Investigations on Bengal jail dietaries - Number 37
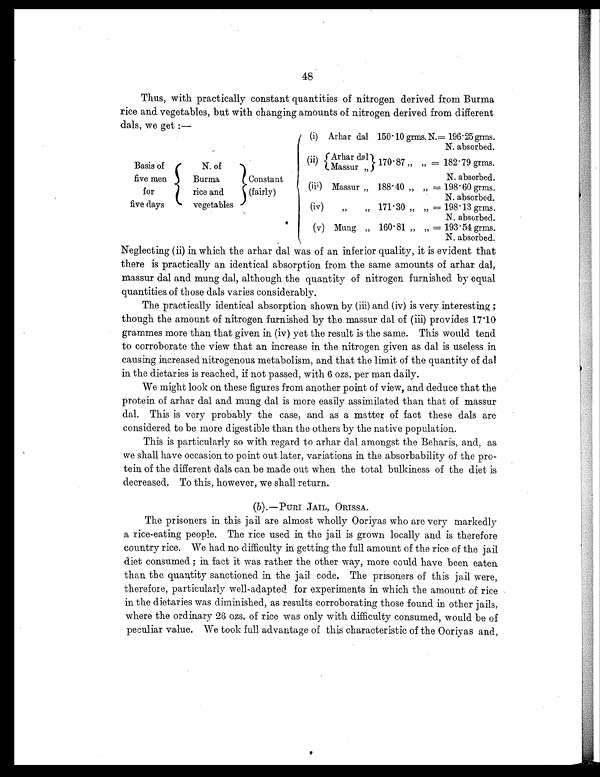
48
Thus, with practically constant quantities of nitrogen derived from Burma
rice and vegetables, but with changing amounts of nitrogen derived from different
dais. we get :—
(i) Arhar dal 150.10 grms. N.=
196.25 grms.
N. absorbed.
Basis of
five men
for
five days
N. of
Burma
rice and
vegetables
Constant
(fairly)
( i i ) Arhar dol 170.87 „ „ =182.79 grms.
Massur „
N. absorbed.
(iii) Massur „ 188. 40 „ „ = 198.60 grms.
N. absorbed.
(iv)
„
„ 171.30 „ „ = 198.13 grms.
N. absorbed.
(v) Mung „ 160 . 81 „ „ = 193 . 54 grms.
N. absorbed.
Neglecting (ii) in which the arhar dal was of an inferior quality, it is evident that
there is practically an identical absorption from the same amounts of arhar dal,
massur dal and mung dal, although the quantity of nitrogen furnished by equal
quantities of those dals varies considerably.
The practically identical absorption shown by (iii) and (iv) is very interesting ;
though the amount of nitrogen furnished by the massur dal of (iii) provides 17.10
grammes more than that given in (iv) yet the result is the same. This would tend
to corroborate the view that an increase in the nitrogen given as dal is useless in
causing increased nitrogenous metabolism, and that the limit of the quantity of dal
in the dietaries is reached, if not passed, with 6 ozs. per man daily.
We might look on these figures from another point of view, and deduce that the
protein of arhar dal and mung dal is more easily assimilated than that of massur
dal. This is very probably the case, and as a matter of fact these dais are
considered to be more digestible than the others by the native population.
This is particularly so with regard to arhar dal amongst the Beharis, and, as
we shall have occasion to point out later, variations in the absorbability of the pro-
tein of the different dais can be made out when the total bulkiness of the diet is
decreased. To this, however, we shall return.
(b).— PURI JAIL, ORISSA.
The prisoners in this jail are almost wholly Ooriyas who are very markedly
a rice-eating people. The rice used in the jail is grown locally and is therefore
country rice. We had no difficulty in getting the full amount of the rice of the jail
diet consumed ; in fact it was rather the other way, more could have been eaten
than the quantity sanctioned in the jail code. The prisoners of this jail were,
therefore, particularly well-adapted for experiments in which the amount of rice
in the dietaries was diminished, as results corroborating those found in other jails,
where the ordinary 26 ozs. of rice was only with difficulty consumed, would be of
peculiar value. We took full advantage of this characteristic of the Ooriyas and,